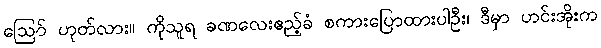
ဪ ဟုတ်လား။ ကိုသူရ ခဏလေးဧည့်ခံ စကားပြောထားပါဦး၊ ဒီမှာ ဟင်းအိုးက